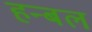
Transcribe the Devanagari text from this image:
हन्बल